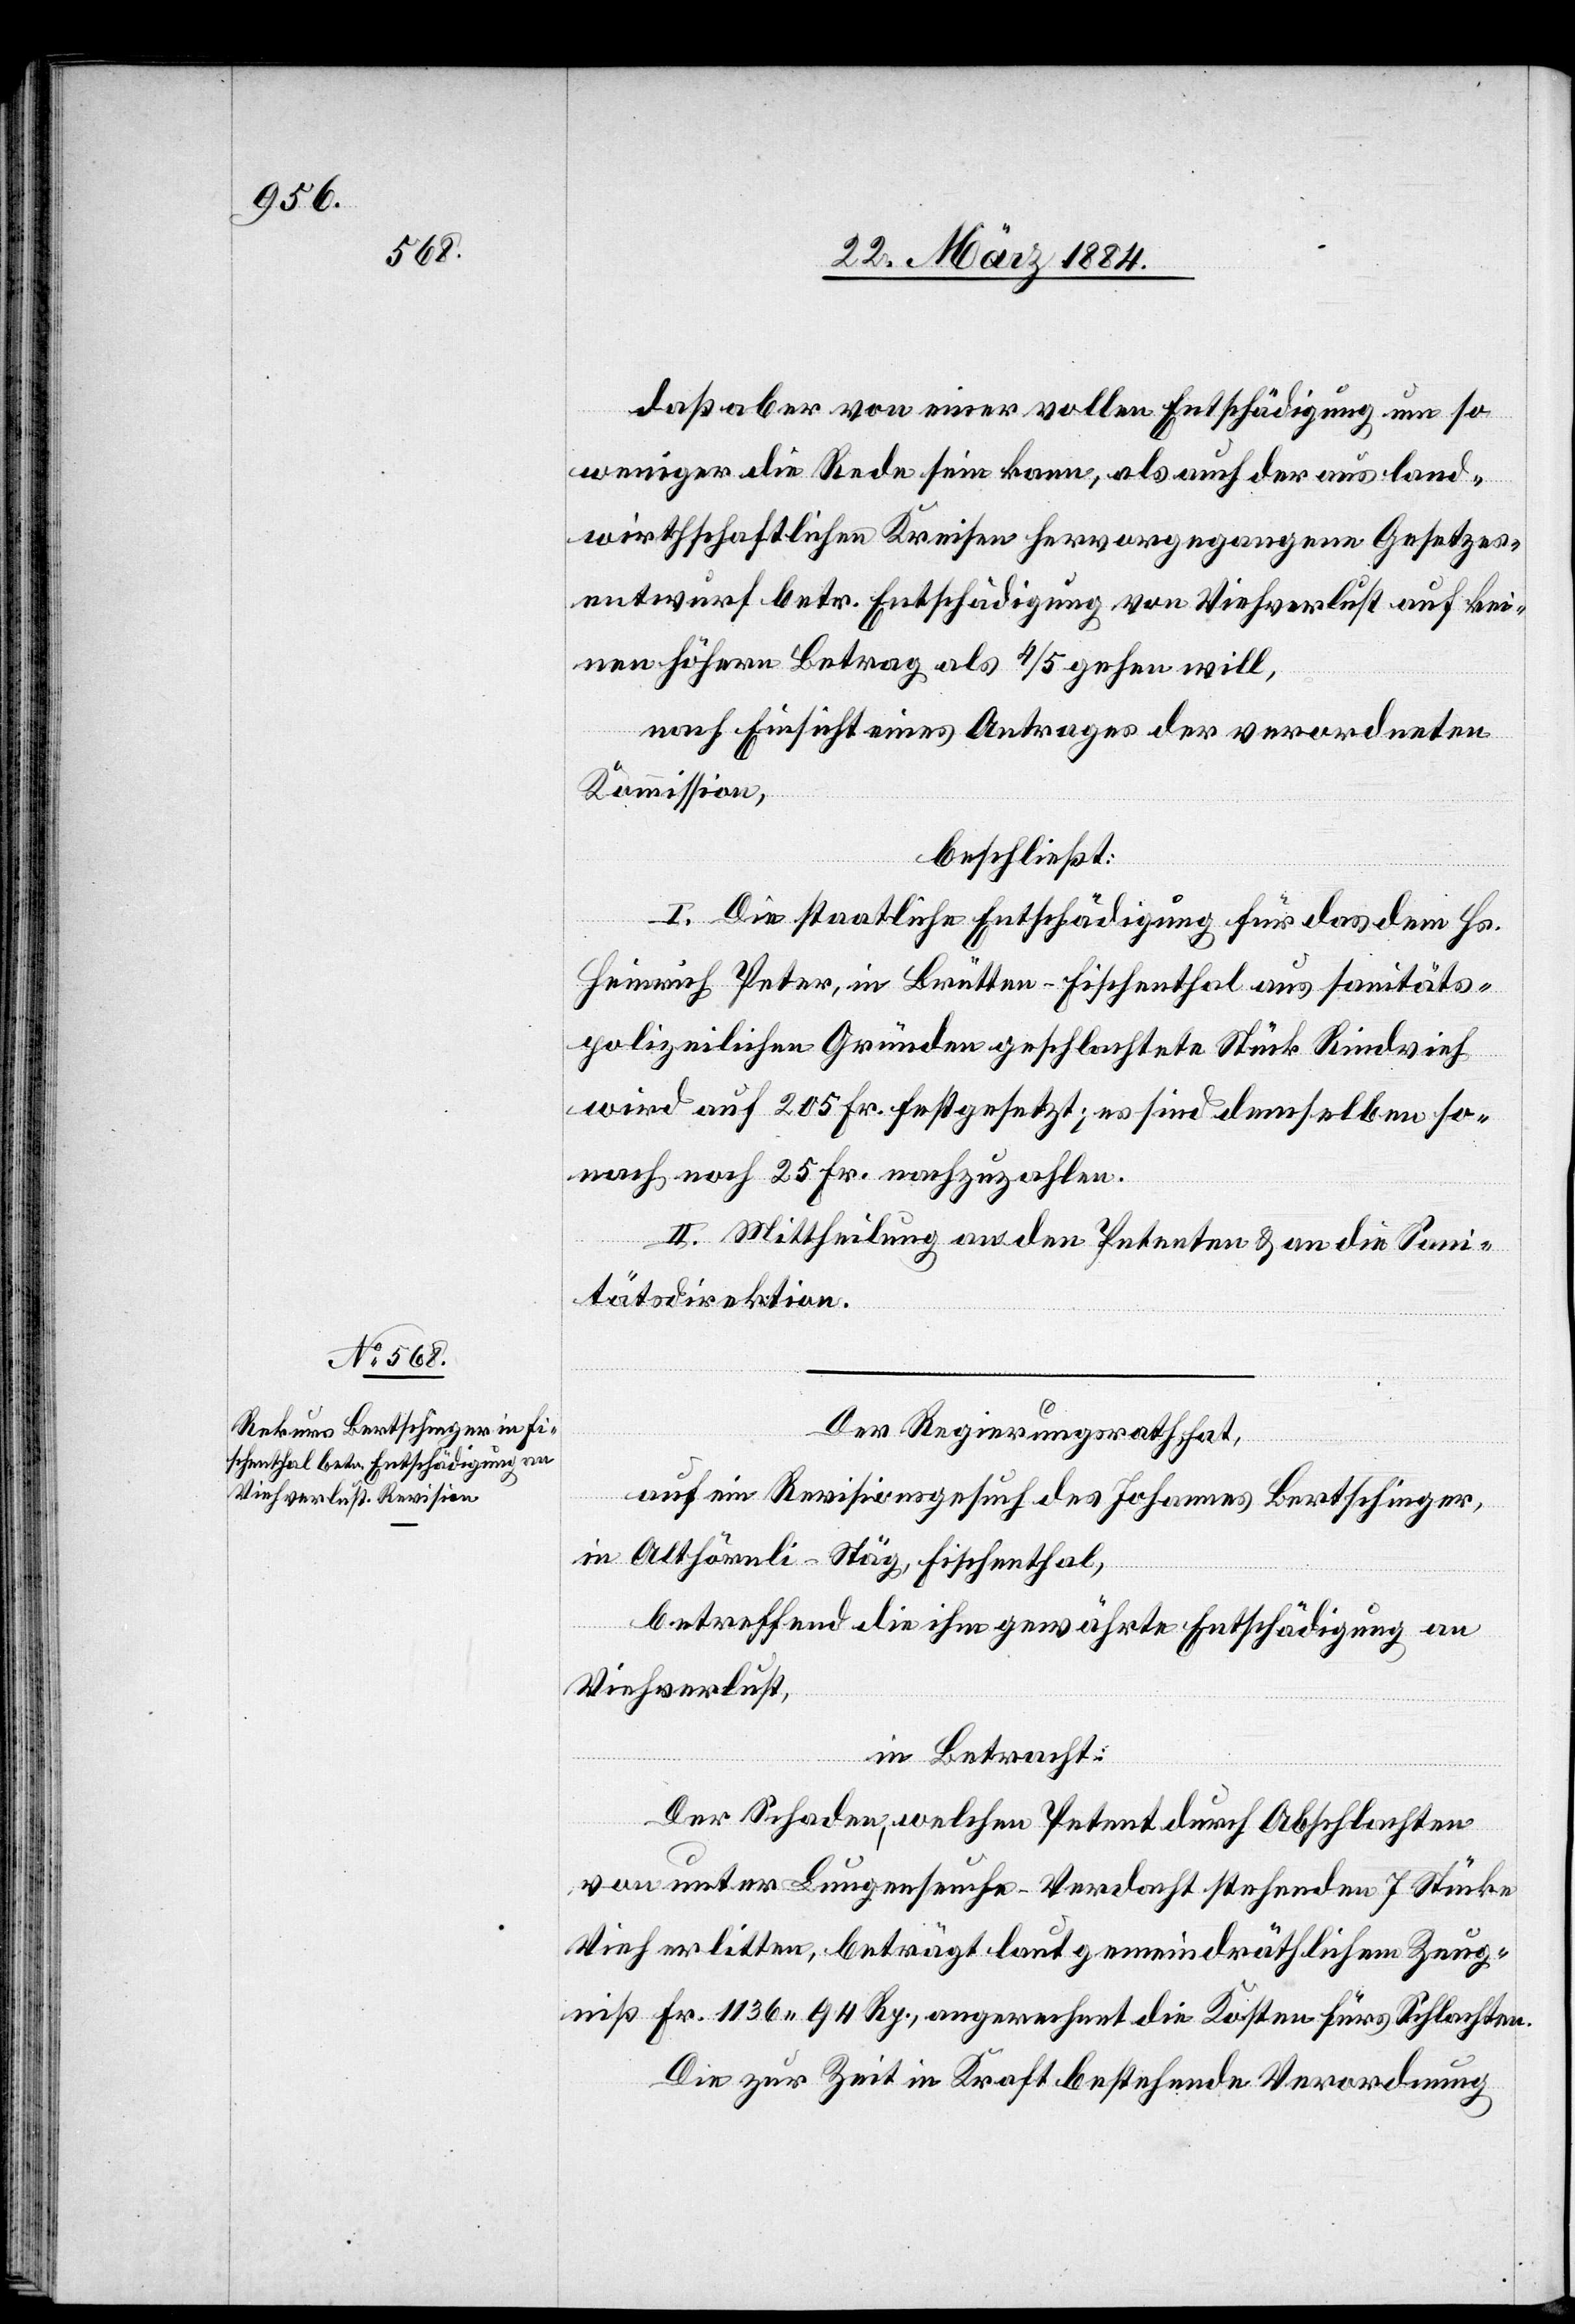
daß aber von einer vollen Entschädigung um so
weniger die Rede sein kann, als auch der aus land¬
wirthschaftlichen Kreisen hervorgegangenen Gesetzes¬
entwurf betr. Entschädigung von Viehverlust auf kei¬
nen höhern Betrag als 4/5 gehen will,
nach Einsicht eines Antrages der verordneten
Kommission,
beschließt:
I. Die staatliche Entschädigung für das dem Hs.
Heinrich Peter, in Brütten - Fischenthal aus sanitäts¬
polizeilichen Gründen geschlachtete Stück Rindvieh
wird auf 205 Fr. festgesetzt; es sind demselben so¬
nach noch 25 Fr. nachzuzahlen.
II. Mittheilung an den Petenten & an die Sani¬
tätsdirektion.
Der Regierungsrath hat,
auf ein Revisionsgesuch des Johannes Bertschinger,
in Althörnli - Stäg, Fischenthal,
betreffend die ihm gewährte Entschädigung an
Viehverlust,
in Betracht:
Der Schaden, welchen Petent durch Abschlachten
von unter Lungenseuche-Verdacht stehenden 7 Stücke
Vieh erlitten, beträgt laut gemeindräthlichem Zeug¬
niß Fr. 1136 94 Rp., angerechnet die Kosten fürs Schlachten.
Die zur Zeit in Kraft bestehende Verordnung